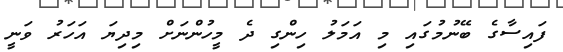
ފައިސާގެ ބޭނުމުގައި މި އަމަލު ހިންގި ދެ މީހުންނަށް މިދިޔަ އަހަރު ވަނީ